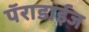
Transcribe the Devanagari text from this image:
पॅराडाईज